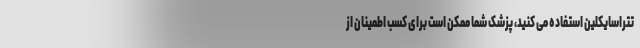
تتراسایکلین استفاده می کنید، پزشک شما ممکن است برای کسب اطمینان از